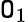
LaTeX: \mathtt{O}_{1}